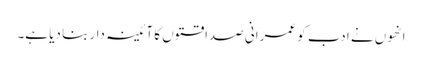
انھوں نے ادب کو عمرانی صداقتوں کا آئینہ دار بنا دیا ہے۔